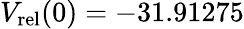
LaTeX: V_{\mathrm{rel}}(0)=-31.91275